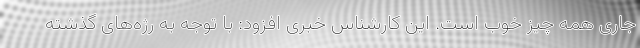
جاری همه چیز خوب است. این کارشناس خبری افزود: با توجه به رژه‌های گذشته